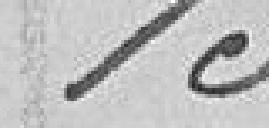
153